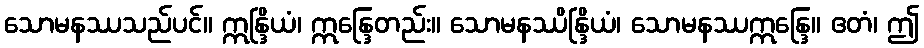
သောမနဿသည်ပင်။ ဣန္ဒြိယံ၊ ဣန္ဒြေတည်း။ သောမနဿိန္ဒြိယံ၊ သောမနဿဣန္ဒြေ။ ဧတံ၊ ဤ